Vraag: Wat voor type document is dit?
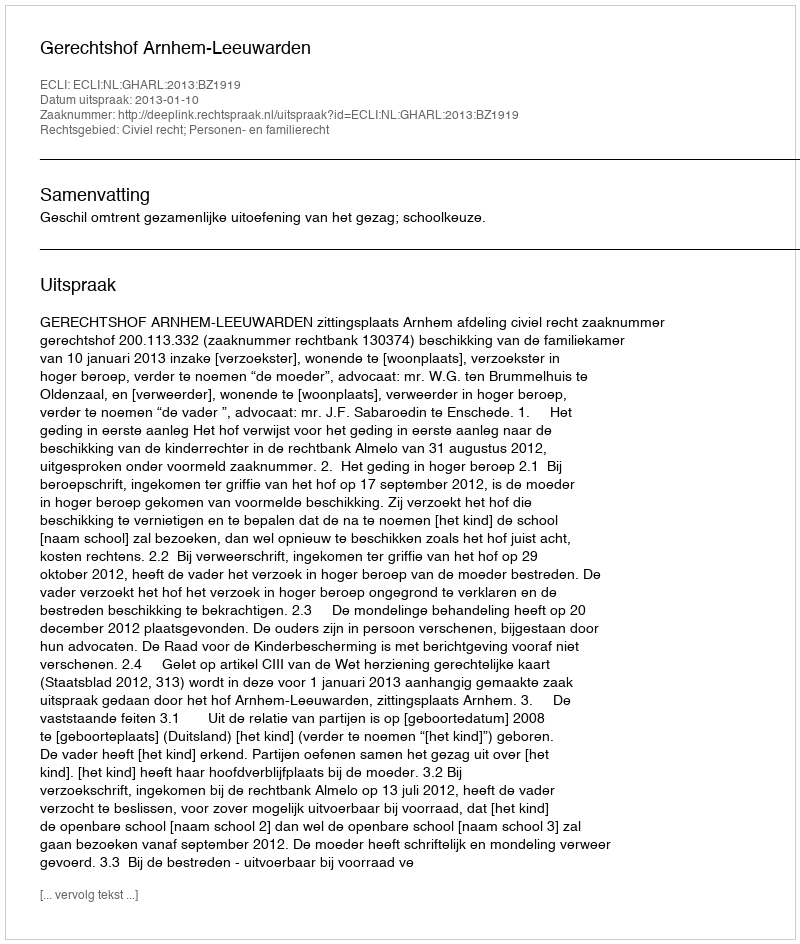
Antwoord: Uitspraak